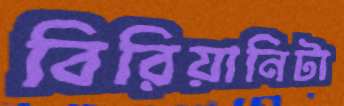
বিরিয়ানিটা